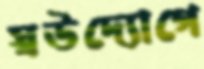
স্বউদ্যোগে